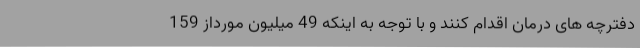
دفترچه های درمان اقدام کنند و با توجه به اینکه 49 میلیون مورداز 159